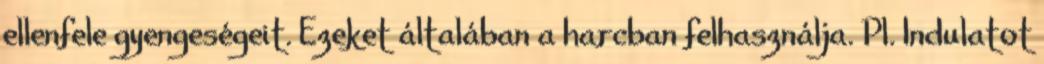
ellenfele gyengeségeit. Ezeket általában a harcban felhasználja. Pl. Indulatot